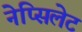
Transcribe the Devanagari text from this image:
नेप्सिलेट